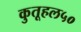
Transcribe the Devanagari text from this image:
कुतूहल५०